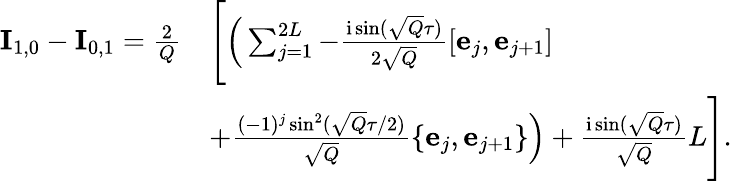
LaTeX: \begin{array}{rl}{\mathbf{I}_{1,0}-\mathbf{I}_{0,1}=\frac{2}{Q}}&{\Bigg[\Big(\sum_{j=1}^{2L}-\frac{\mathrm{i}\sin(\sqrt{Q}\tau)}{2\sqrt{Q}}\left[\mathbf{e}_{j},\mathbf{e}_{j+1}\right]}\\ &{+\frac{(-1)^{j}\sin^{2}(\sqrt{Q}\tau/2)}{\sqrt{Q}}\left\{ \mathbf{e}_{j},\mathbf{e}_{j+1}\right\} \Big)+\frac{\mathrm{i}\sin(\sqrt{Q}\tau)}{\sqrt{Q}}L\Bigg].}\end{array}